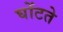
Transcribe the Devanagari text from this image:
घोंटते